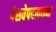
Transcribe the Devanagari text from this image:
पेशवेपदावरून